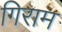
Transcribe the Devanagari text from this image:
गिराम